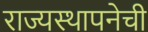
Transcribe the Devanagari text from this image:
राज्यस्थापनेची